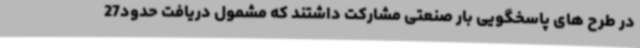
در طرح های پاسخگویی بار صنعتی مشارکت داشتند که مشمول دریافت حدود27